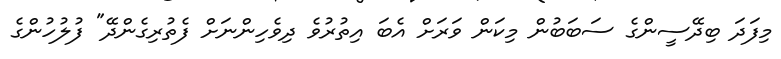
މިފަދަ ބިދޭސީންގެ ސަބަބުން މިކަން ވަރަށް އެބަ އިތުރުވެ ދިވެހިންނަށް ފެތުރިގެންދޭ" ފުލުހުންގެ